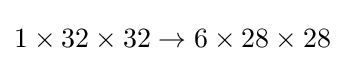
1\times 32\times 32\to 6\times 28\times 28